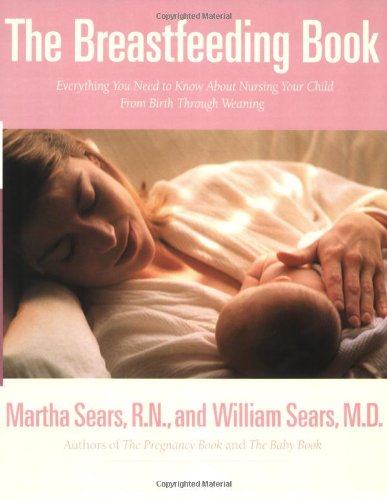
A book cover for The Breastfeeding Book: Everything You Need to Know About Nursing Your Child from Birth Through Weaning; William Sears M.D.; Medical Books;